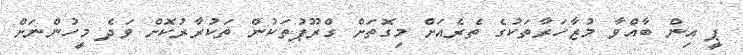
ޕީ އިން ބާއްވާ މުޒާހަރާތަކުގެ ތެރެއަށް މިގޮތަށް ގްރޫޕުތަކުން ތަކުރާރުކޮށް ވަދެ މީހުންނަށް